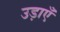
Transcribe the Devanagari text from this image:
उड़ाएँ